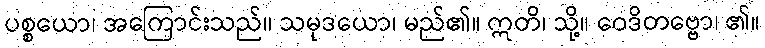
ပစ္စယော၊ အကြောင်းသည်။ သမုဒယော၊ မည်၏။ ဣတိ၊ သို့။ ဝေဒိတဗ္ဗော၊ ၏။